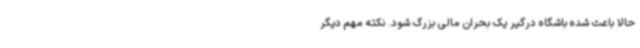
حالا باعث شده باشگاه درگیر یک بحران مالی بزرگ شود. نکته مهم دیگر